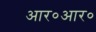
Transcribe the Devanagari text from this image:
आर०आर०